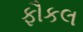
ફૌકલ